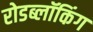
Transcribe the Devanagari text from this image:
रोडब्लॉकिंग